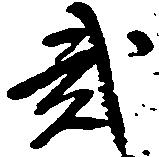
弐